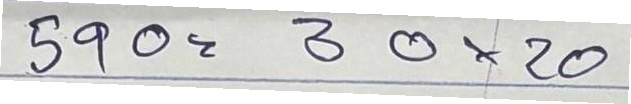
590 = 30x20